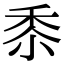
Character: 𮮑